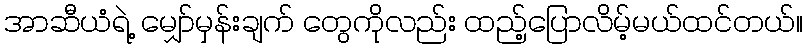
အာဆီယံရဲ့ မျှော်မှန်းချက် တွေကိုလည်း ထည့်ပြောလိမ့်မယ်ထင်တယ်။